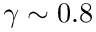
\gamma \sim 0 . 8